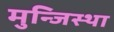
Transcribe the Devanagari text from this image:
मुन्जिस्था